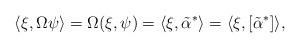
LaTeX: \begin{align*}\langle \xi, \Omega \psi \rangle= \Omega(\xi,\psi)= \langle \xi, \tilde{\alpha}^* \rangle= \langle \xi, [\tilde{\alpha}^*] \rangle ,\end{align*}